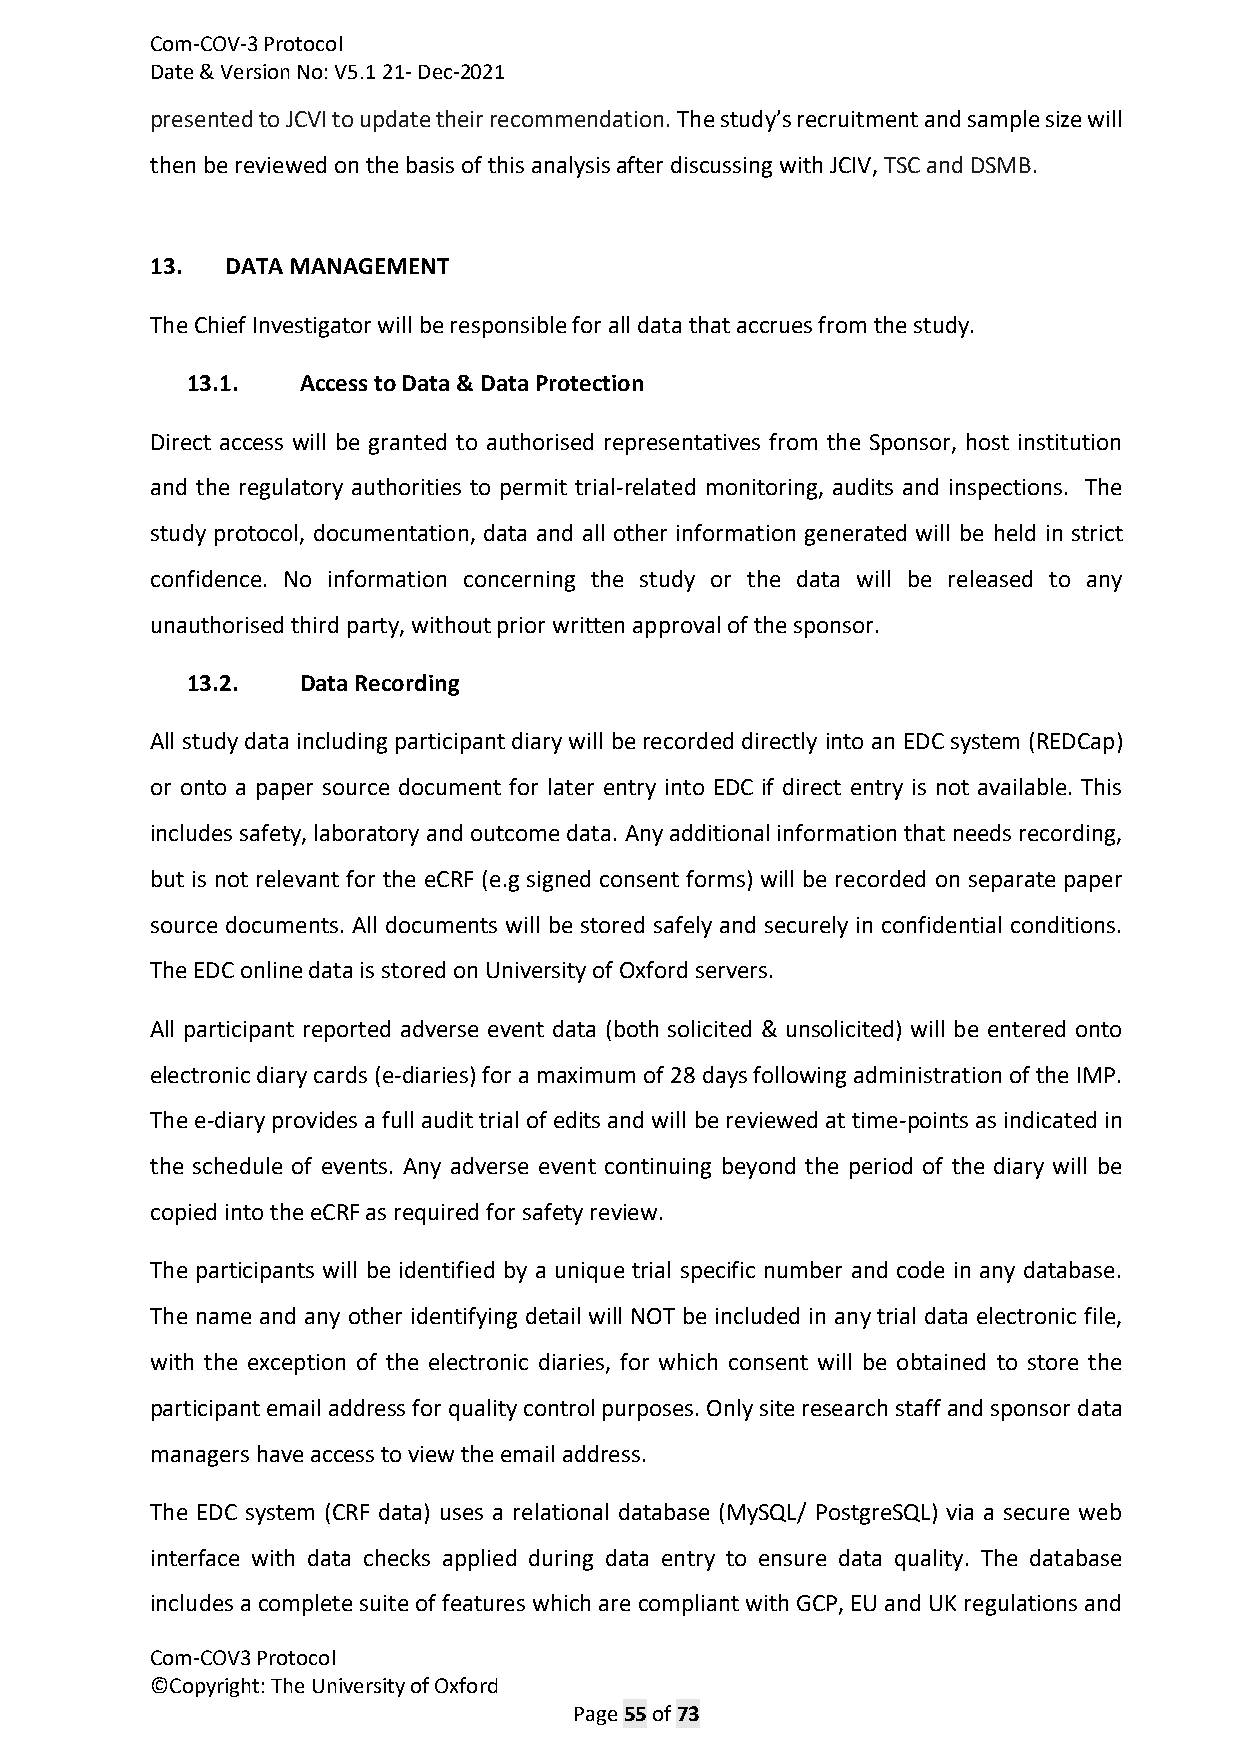
Com-COV-3 Protocol
 Date & Version No: V5.1 21- Dec-2021
 presented to JCVI to update their recommendation. The study’s recruitment and sample size will
 then be reviewed on the basis of this analysis after discussing with JCIV, TSC and DSMB.
 13.  DATA MANAGEMENT
 The Chief Investigator will be responsible for all data that accrues from the study.
 13.1.   Access to Data & Data Protection
 Direct access will be granted to authorised representatives from the Sponsor, host institution
 and the regulatory authorities to permit trial-related monitoring, audits and inspections. The
 study protocol, documentation, data and all other information generated will be held in strict
 confidence. No information concerning the study or the data will be released to any
 unauthorised third party, without prior written approval of the sponsor.
 13.2.   Data Recording
 All study data including participant diary will be recorded directly into an EDC system (REDCap)
 or onto a paper source document for later entry into EDC if direct entry is not available. This
 includes safety, laboratory and outcome data. Any additional information that needs recording,
 but is not relevant for the eCRF (e.g signed consent forms) will be recorded on separate paper
 source documents. All documents will be stored safely and securely in confidential conditions.
 The EDC online data is stored on University of Oxford servers.
 All participant reported adverse event data (both solicited & unsolicited) will be entered onto
 electronic diary cards (e-diaries) for a maximum of 28 days following administration of the IMP.
 The e-diary provides a full audit trial of edits and will be reviewed at time-points as indicated in
 the schedule of events. Any adverse event continuing beyond the period of the diary will be
 copied into the eCRF as required for safety review.
 The participants will be identified by a unique trial specific number and code in any database.
 The name and any other identifying detail will NOT be included in any trial data electronic file,
 with the exception of the electronic diaries, for which consent will be obtained to store the
 participant email address for quality control purposes. Only site research staff and sponsor data
 managers have access to view the email address.
 The EDC system (CRF data) uses a relational database (MySQL/ PostgreSQL) via a secure web
 interface with data checks applied during data entry to ensure data quality. The database
 includes a complete suite of features which are compliant with GCP, EU and UK regulations and
 Com-COV3 Protocol
 ©Copyright: The University of Oxford
 Page 55 of 73